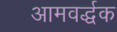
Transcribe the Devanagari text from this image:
आमवर्द्धक